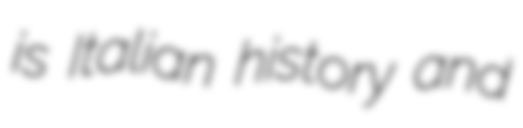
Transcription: is Italian history and